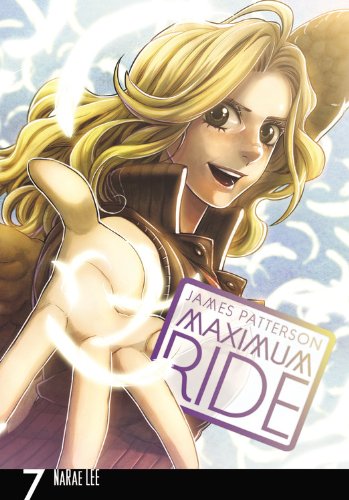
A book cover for Maximum Ride: The Manga, Vol. 7; James Patterson; Comics & Graphic Novels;